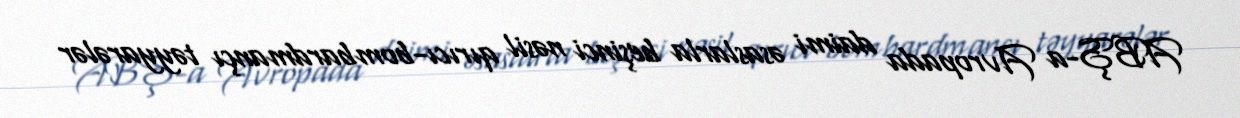
ABŞ-a Avropada daimi əsaslarla beşinci nəsil qırıcı-bombardmançı təyyarələr